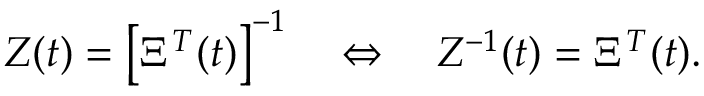
Z ( t ) = { \left[ \Xi ^ { T } ( t ) \right] } ^ { - 1 } \quad \Leftrightarrow \quad Z ^ { - 1 } ( t ) = \Xi ^ { T } ( t ) .